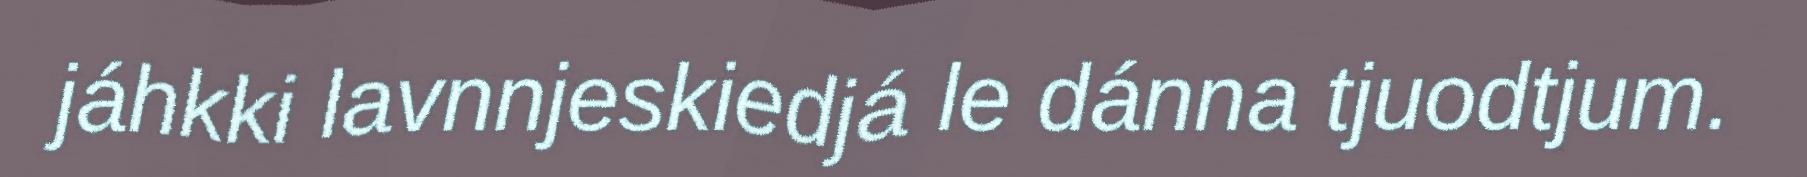
jáhkki lavnnjeskiedjá le dánna tjuodtjum.